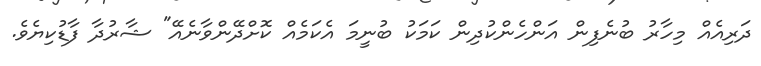
ދަރިއެއް މިހާރު ބުނެފިން އަންހެންކުދިން ކަމަކު ބުނީމަ އެކަމެއް ކޮށްދޭންވާނެއޭ" ޝާރުދާ ފާޑުކިޔެވެ.